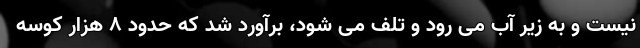
نیست و به زیر آب می رود و تلف می شود، برآورد شد که حدود ۸ هزار کوسه